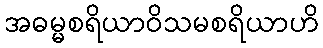
အဓမ္မစရိယာဝိသမစရိယာဟိ